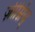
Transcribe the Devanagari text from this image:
ज़ीम्निय्